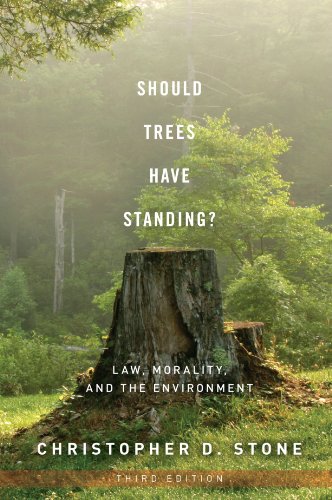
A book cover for Should Trees Have Standing?: Law, Morality, and the Environment; Christopher D. Stone; Law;